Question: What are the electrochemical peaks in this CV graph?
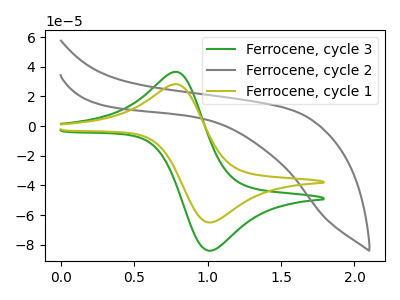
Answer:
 <answer>The green curve "Ferrocene, cycle 3" has an anodic peak at (0.80V, 36.50uA) and a cathodic peak at (1.00V, -84.00uA). The gray curve "Ferrocene, cycle 2" has no peaks. The olive curve "Ferrocene, cycle 1" has an anodic peak at (0.80V, 28.20uA) and a cathodic peak at (1.00V, -64.95uA).</answer>
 <eval></eval>